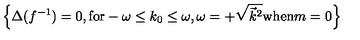
\left\{ \Delta ( f ^ { - 1 } ) = 0 , \mathrm { f o r } - \omega \le k _ { 0 } \le \omega , \omega = + \sqrt { \vec { k } ^ { 2 } } \mathrm { w h e n } m = 0 \right\}